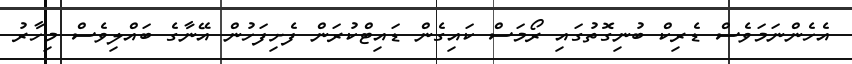
އެހެންނަމަވެސް ޑެރިކް ބުނިގޮތުގައި ރޯމަސް ކައިގެން ޑައިޓްކުރަން ފެށިފަހުން އޭނާގެ ބައްލިވެސް މިހާރު